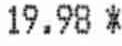
19.98 *